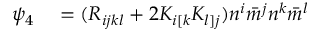
\begin{array} { r l } { \psi _ { 4 } } & { { } = ( R _ { i j k l } + 2 K _ { i [ k } K _ { l ] j } ) n ^ { i } \bar { m } ^ { j } n ^ { k } \bar { m } ^ { l } } \end{array}